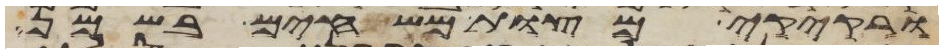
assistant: ורקיקי מצות משחים בשמן